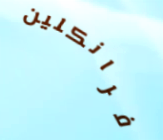
فرانكلين